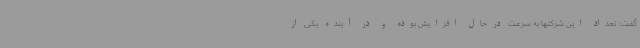
گفت: تعداد این شرکتها به سرعت در حال افزایش بوده و در آینده یکی از